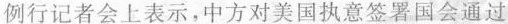
例行记者会上表示，中方对美国执意签署国会通过